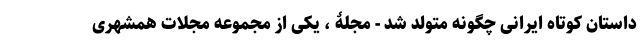
داستان کوتاه ایرانی چگونه متولد شد - مجلۀ ، یکی از مجموعه مجلات همشهری